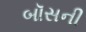
બૉસની